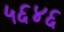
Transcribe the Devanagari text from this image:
५६४६